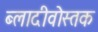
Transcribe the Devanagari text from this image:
ब्लादीवोस्तक